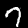
Digit: 7